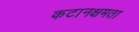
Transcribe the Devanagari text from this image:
कटानक्षमता